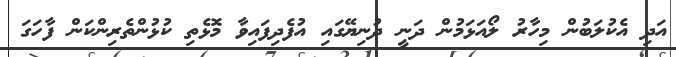
އަދި އެކުލަބުން މިހާރު ލޯއަޅަމުން ދަނީ ދުނިޔޭގައި އުފެދިފައިވާ މޮޅެތި ކުޅުންތެރިންކަން ފާހަގަ